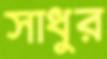
সাধুর